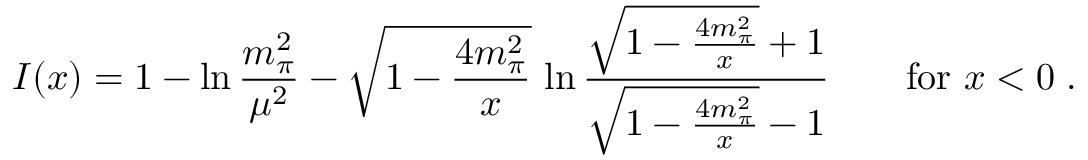
I ( x ) = 1 - \ln { \frac { m _ { \pi } ^ { 2 } } { \mu ^ { 2 } } } - \sqrt { 1 - { \frac { 4 m _ { \pi } ^ { 2 } } { x } } } \, \ln { \frac { \sqrt { 1 - { \frac { 4 m _ { \pi } ^ { 2 } } { x } } } + 1 } { \sqrt { 1 - { \frac { 4 m _ { \pi } ^ { 2 } } { x } } } - 1 } } \qquad \mathrm { f o r } \ x < 0 \; .